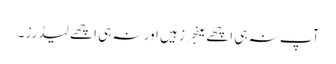
آپ نہ ہی اچھے مینجرز ہیں اور نہ ہی اچھے لیڈرز ۔